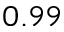
0 . 9 9